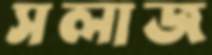
সলাজ